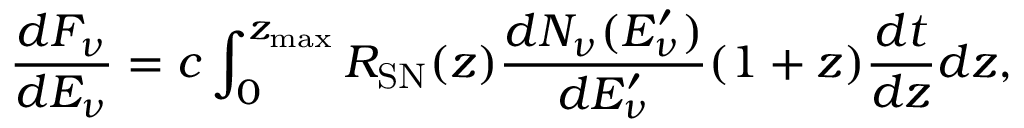
\frac { d F _ { \nu } } { d E _ { \nu } } = c \int _ { 0 } ^ { z _ { \mathrm { m a x } } } R _ { \mathrm { S N } } ( z ) \frac { d N _ { \nu } ( E _ { \nu } ^ { \prime } ) } { d E _ { \nu } ^ { \prime } } ( 1 + z ) \frac { d t } { d z } d z ,